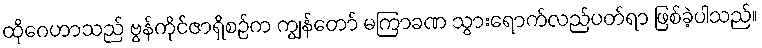
ထိုဂေဟာသည် ဗွန်ကိုင်ဇာရှိစဉ်က ကျွန်တော် မကြာခဏ သွားရောက်လည်ပတ်ရာ ဖြစ်ခဲ့ပါသည်။